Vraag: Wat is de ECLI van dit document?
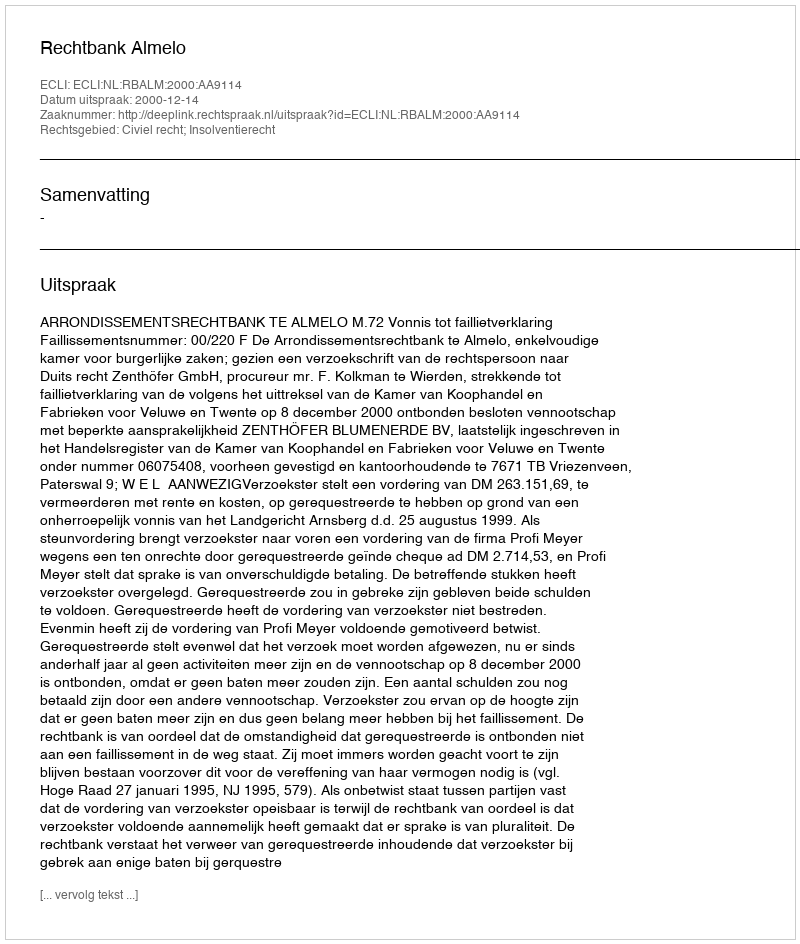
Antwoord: ECLI:NL:RBALM:2000:AA9114